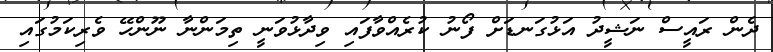
ދެން ރައީސް ނަޝީދު އަޅުގަނޑަށް ފޯނު ކުރެއްވާފައި ވިދާޅުވަނީ ތިމަންނާ ނޫންހޭ ވެރިކަމުގައި